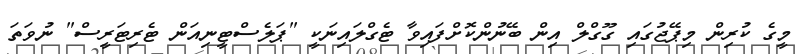
މީގެ ކުރިން މިޕޭޖުގައި ގޫގްލް އިން ބޭނުންކޮށްފައިވާ ޓެގްލައިނަކީ "ޕަލެސްޓީނިއަން ޓެރިޓަރީސް" ނުވަތަ